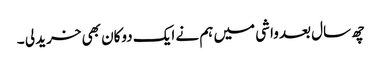
چھ سال بعد واشی میں ہم نے ایک دوکان بھی خرید لی ۔